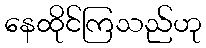
နေထိုင်ကြသည်ဟု